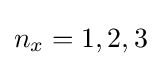
n_{x}=1,2,3